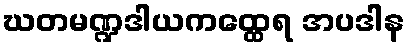
ဃတမဏ္ဍဒါယကထ္ထေရ အပဒါန